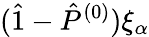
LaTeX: (\hat{1}-\hat{P}^{(0)})\xi_{\alpha}